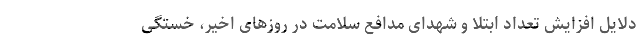
دلایل افزایش تعداد ابتلا و شهدای مدافع سلامت در روزهای اخیر، خستگی